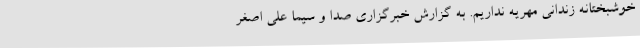
خوشبختانه زندانی مهریه نداریم. به گزارش خبرگزاری صدا و سیما علی اصغر